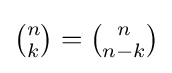
{\tbinom {n}{k}}={\tbinom {n}{n-k}}